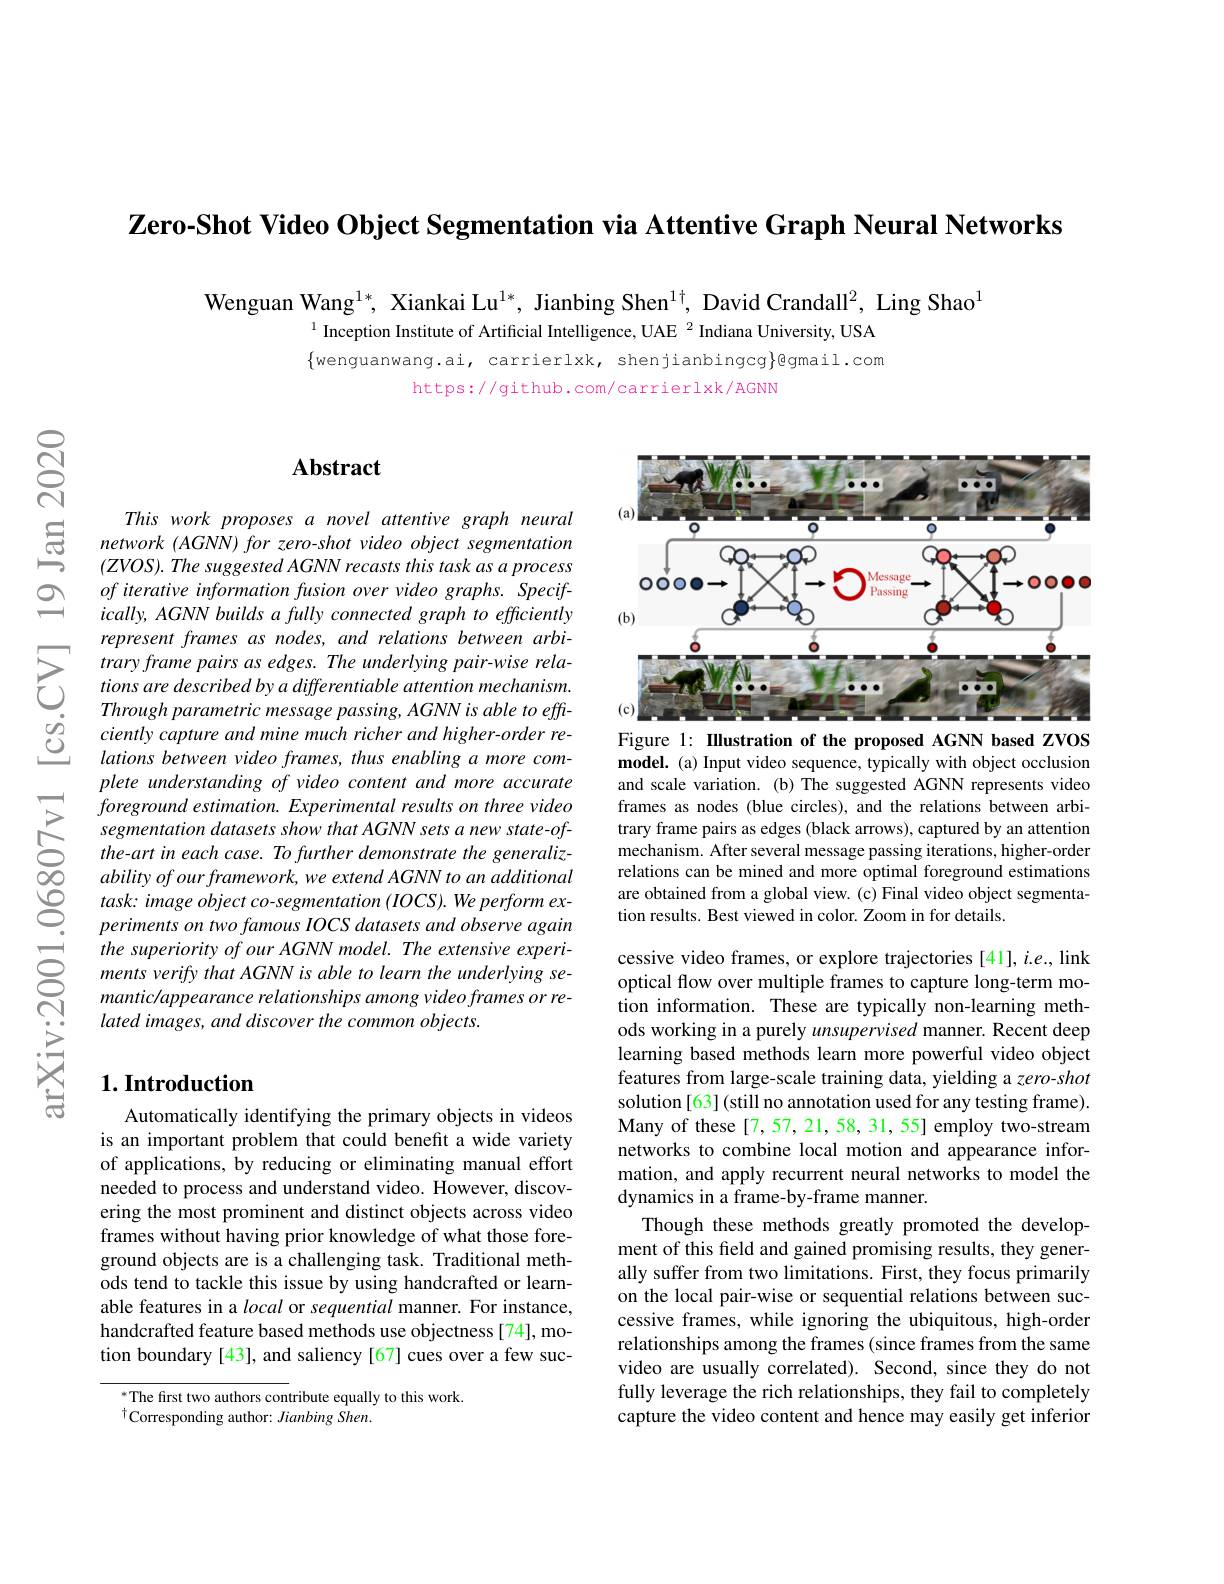
Zero-Shot Video Object Segmentation via Attentive Graph Neural Networks

$ଟ୍ରି$

Wenguan Wang$^{1*}$, Xiankai Lu$^{1*}$, Jianbing Shen$^{1\dagger}$, David Crandall$^2$, Ling Shao$^{1}$
$^{1}$ Inception Institute of Artificial Intelligence, UAE $^{2}$ Indiana University, USA $\{$wenguanwang.ai, carrierlxk, shenjianbingcg}@qmail.com
https://github.com/carrierlxk/AGNN

## Abstract

<FigureHere>
Figure 1: IIlustration of the proposed AGNN based ZVOS

$\begin{array}{ccc}&This&work&proposes&a&novel&attentive&gra\end{array}$
of iterative information fusion over video graphs. Specifically, AGNN builds a fully connected graph to efficiently represent frames as nodes, and relations between arbitrary frame pairs as edges. The underlying pair-wise relations are described by a differentiable attention mechanism. Through parametric message passing, AGNN is able to efficiently capture and mine much richer and higher- order relations between video frames, thus enabling a more complete understanding of video content and more accurate foreground estimation. Experimental results on three video segmentation datasets show that AGNN sets a new state-ofthe-art in each case. To further demonstrate the generaliz- $abilityofourframework,weextendAGNNtoanadditional$ task: image object co-segmentation (IOCS). We perform experiments on two famous IOCS datasets and observe again
the superiority $of$ our $AGNN$ $model. The$ extensive $experi-$ $g$ ments verify that $AGNN$ $is$ able $to$ learn the underlying $se-$ manticlappearance relationships among video frames $or$ $re-$
mantic/appearance relationships among video frames or re-
lated images, and discover the common objects.

model. (a) Input video sequence, typically with object occlusion and scale variation. (b) The suggested AGNN represents video frames as nodes (blue circles), and the relations between arbitrary frame pairs as edges (black arrows), captured by an attention mechanism. After several message passing iterations, higher-order relations can be mined and more optimal foreground estimations are obtained from a global view. (c) Final video object segmentation results. Best viewed in color. Zoom in for details.

### $1. \textbf{Introduction}$

cessive video frames, or explore trajectories [41], i.e., link optical flow over multiple frames to capture long-term motion information. These are typically non-learning methods working in a purely unsupervised manner. Recent deep learning based methods learn more powerful video object features from large-scale training data, yielding a zero-shot solution[63](still no annotation used for any testing frame). Many of these[7,57,21,58,31,55] employ two-stream networks to combine local motion and appearance information, and apply recurrent neural networks to model the dynamics in a frame-by-frame manner.
Though these methods greatly promoted the development of this feld and gained promising results, they generally suffer from two limitations. First, they focus primarily on the local pair-wise or sequential relations between successive frames, while ignoring the ubiquitous, high-order relationships among the frames (since frames from the same video are usually correlated). Second, since they do not fully leverage the rich relationships, they fail to completely capture the video content and hence may easily get inferior

Automatically identifying the primary objects in videos is an important problem that could benefit a wide variety of applications, by reducing or eliminating manual effort needed to process and understand video. However, discovering the most prominent and distinct objects across video frames without having prior knowledge of what those foreground objects are is a challenging task. Traditional methods tend to tackle this issue by using handcrafted or learnable features in a local or sequential manner. For instance, handcrafted feature based methods use objectness[74], motion boundary [43], and saliency [67] cues over a few suc-

$^{*}$The first two authors contribute equally to this work.
$^{\dagger}$Corresponding author: Jianbing Shen.